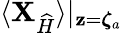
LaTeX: \langle{\mathbf{X}}_{\widehat{H}}\rangle|_{{\mathbf{z}}={\boldsymbol{\zeta}}_{a}}